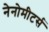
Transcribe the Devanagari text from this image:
नेनोमीटर्स